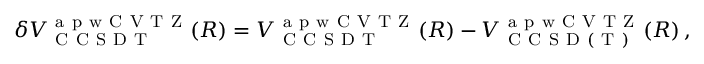
\delta V _ { \mathrm { ~ C ~ C ~ S ~ D ~ T ~ } } ^ { \mathrm { ~ a ~ p ~ w ~ C ~ V ~ T ~ Z ~ } } ( R ) = V _ { \mathrm { ~ C ~ C ~ S ~ D ~ T ~ } } ^ { \mathrm { ~ a ~ p ~ w ~ C ~ V ~ T ~ Z ~ } } ( R ) - V _ { \mathrm { ~ C ~ C ~ S ~ D ~ ( ~ T ~ ) ~ } } ^ { \mathrm { ~ a ~ p ~ w ~ C ~ V ~ T ~ Z ~ } } ( R ) \, ,